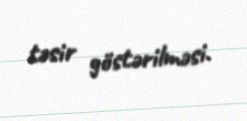
təsir göstərilməsi.